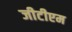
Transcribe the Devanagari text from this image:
जीटीएम